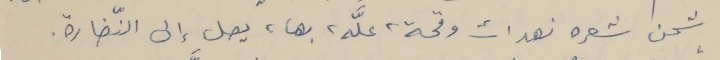
شحن شعره نهدات وقحة، علَّه، بها، يصل إلى النّضارة.